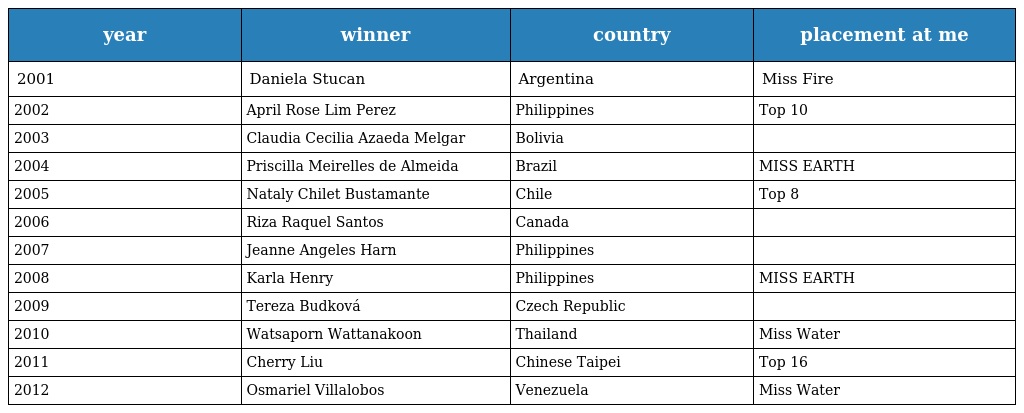
| year | winner | country | placement at me |
 | --- | --- | --- | --- |
 | 2001 | Daniela Stucan | Argentina | Miss Fire |
 | 2002 | April Rose Lim Perez | Philippines | Top 10 |
 | 2003 | Claudia Cecilia Azaeda Melgar | Bolivia |  |
 | 2004 | Priscilla Meirelles de Almeida | Brazil | MISS EARTH |
 | 2005 | Nataly Chilet Bustamante | Chile | Top 8 |
 | 2006 | Riza Raquel Santos | Canada |  |
 | 2007 | Jeanne Angeles Harn | Philippines |  |
 | 2008 | Karla Henry | Philippines | MISS EARTH |
 | 2009 | Tereza Budková | Czech Republic |  |
 | 2010 | Watsaporn Wattanakoon | Thailand | Miss Water |
 | 2011 | Cherry Liu | Chinese Taipei | Top 16 |
 | 2012 | Osmariel Villalobos | Venezuela | Miss Water |